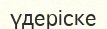
үдеріске